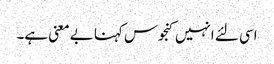
اسی لئے انہیں کنجوس کہنا بے معنی ہے۔